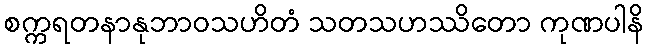
စက္ကရတနာနုဘာဝသဟိတံ သတသဟဿိတော ကုဏပါနိ